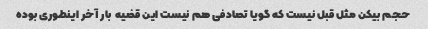
حجم بیکن مثل قبل نیست که گویا تصادفی هم نیست این قضیه  بار آخر اینطوری بوده